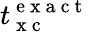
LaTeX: t_{\mathrm{~x~c~}}^{\mathrm{~e~x~a~c~t~}}